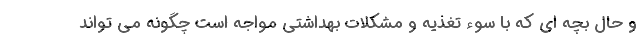
و حال بچه ای که با سوء تغذیه و مشکلات بهداشتی مواجه است چگونه می تواند